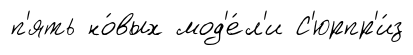
п'ять но́вых мод'е́л'и С'юрпр'и́з